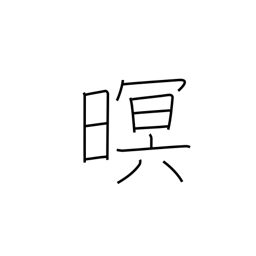
Meaning: dark